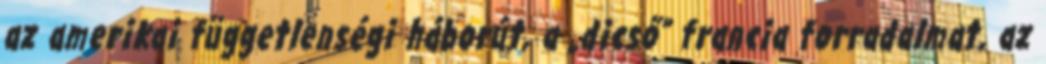
az amerikai füg­get­lenségi háborút, a „dicső” fran­­­cia forradalmat, az